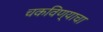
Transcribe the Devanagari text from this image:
चकविण्याचा